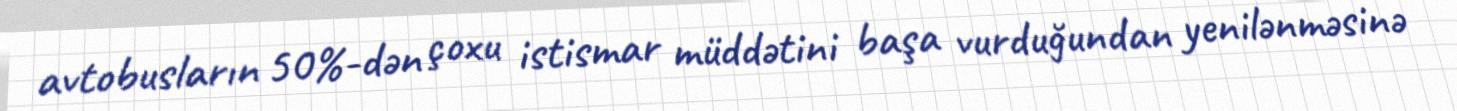
avtobusların 50%-dən çoxu istismar müddətini başa vurduğundan yenilənməsinə